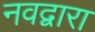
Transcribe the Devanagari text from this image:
नवद्वारा